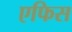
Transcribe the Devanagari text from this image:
एफिस